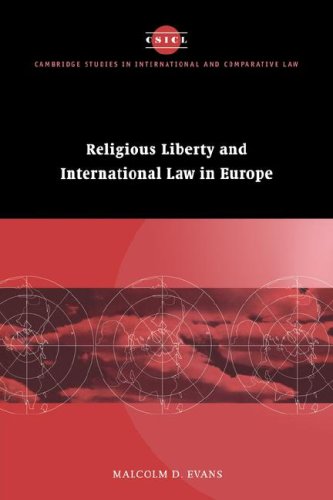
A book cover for Religious Liberty and International Law in Europe (Cambridge Studies in International and Comparative Law); Malcolm D. Evans; Law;